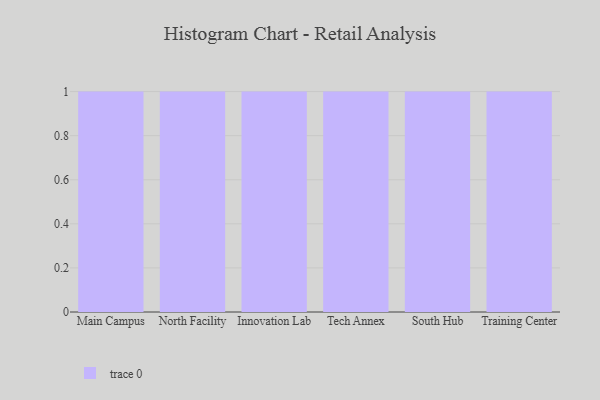
{"axis": {"x": "Campus", "y": "Temperature (°C)"}, "legend": [""], "data": [{"x": "Main Campus", "y": 70, "type": ""}, {"x": "North Facility", "y": 89, "type": ""}, {"x": "Innovation Lab", "y": 35, "type": ""}, {"x": "Tech Annex", "y": 40, "type": ""}, {"x": "South Hub", "y": 59, "type": ""}, {"x": "Training Center", "y": 39, "type": ""}]}